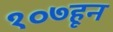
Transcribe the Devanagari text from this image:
१०७हून